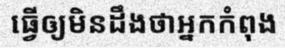
ធ្វើឲ្យមិនដឹងថាអ្នកកំពុង